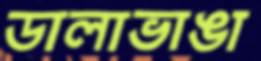
ডালাভাঙা